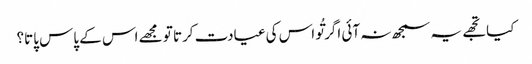
کیا تجھے یہ سمجھ نہ آئی اگر تُو اس کی عیادت کرتا تو مجھے اس کے پاس پاتا؟